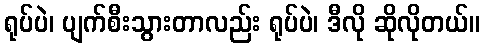
ရုပ်ပဲ၊ ပျက်စီးသွားတာလည်း ရုပ်ပဲ၊ ဒီလို ဆိုလိုတယ်။